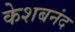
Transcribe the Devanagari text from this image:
केशबनंद